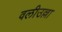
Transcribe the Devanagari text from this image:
वलीउल्ला